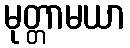
မုတ္တာမယာ